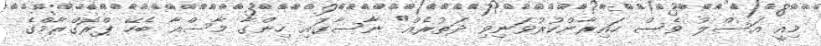
މިއީ އަސްލު ވެސް ހައިރާންކުރުވަނިވި ދަތުރެއް" ނާސާގައި ހިންގާ މާސްއާ ބެހޭ ޕްރޮގްރާމްގެ